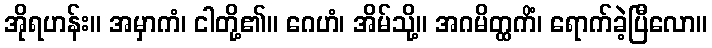
အိုရဟန်း။ အမှာကံ၊ ငါတို့၏။ ဂေဟံ၊ အိမ်သို့။ အဂမိတ္ထကိံ၊ ရောက်ခဲ့ပြီလော။